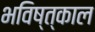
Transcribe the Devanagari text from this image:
भविष्त्काल